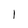
Character: 1